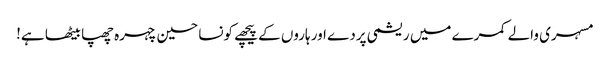
مسہری والے کمرے میں ریشمی پردے اور ہاروں کے پیچھے کونسا حسین چہرہ چھپا بیٹھا ہے!